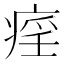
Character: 𤷏